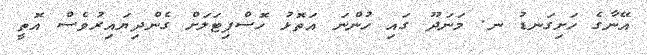
އޭނާގެ ހަށިގަނޑު ނ. މަނަދޫ ގައި ހުންނަ އަތޮޅު ހޮސްޕިޓަލަށް ގެންދިޔައިރުވެސް އޮތީ